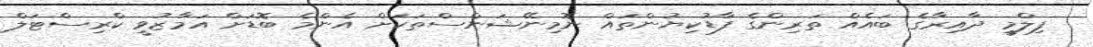
ފިލްމީ ދާއިރާގެ ބައެއް ތަރިންގެ ފާޑުކިޔުންތައް ނޮމިނޭޝަންސްތަކަށް އެންމެ ބޮޑަށް އަމާޒުވީ ކްރިސްޓަލް